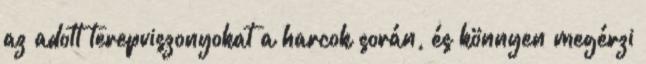
az adott terepviszonyokat a harcok során, és könnyen megérzi